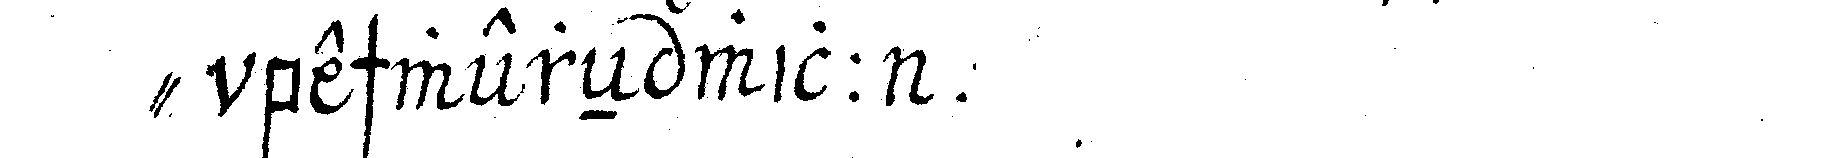
" beschwereN will .